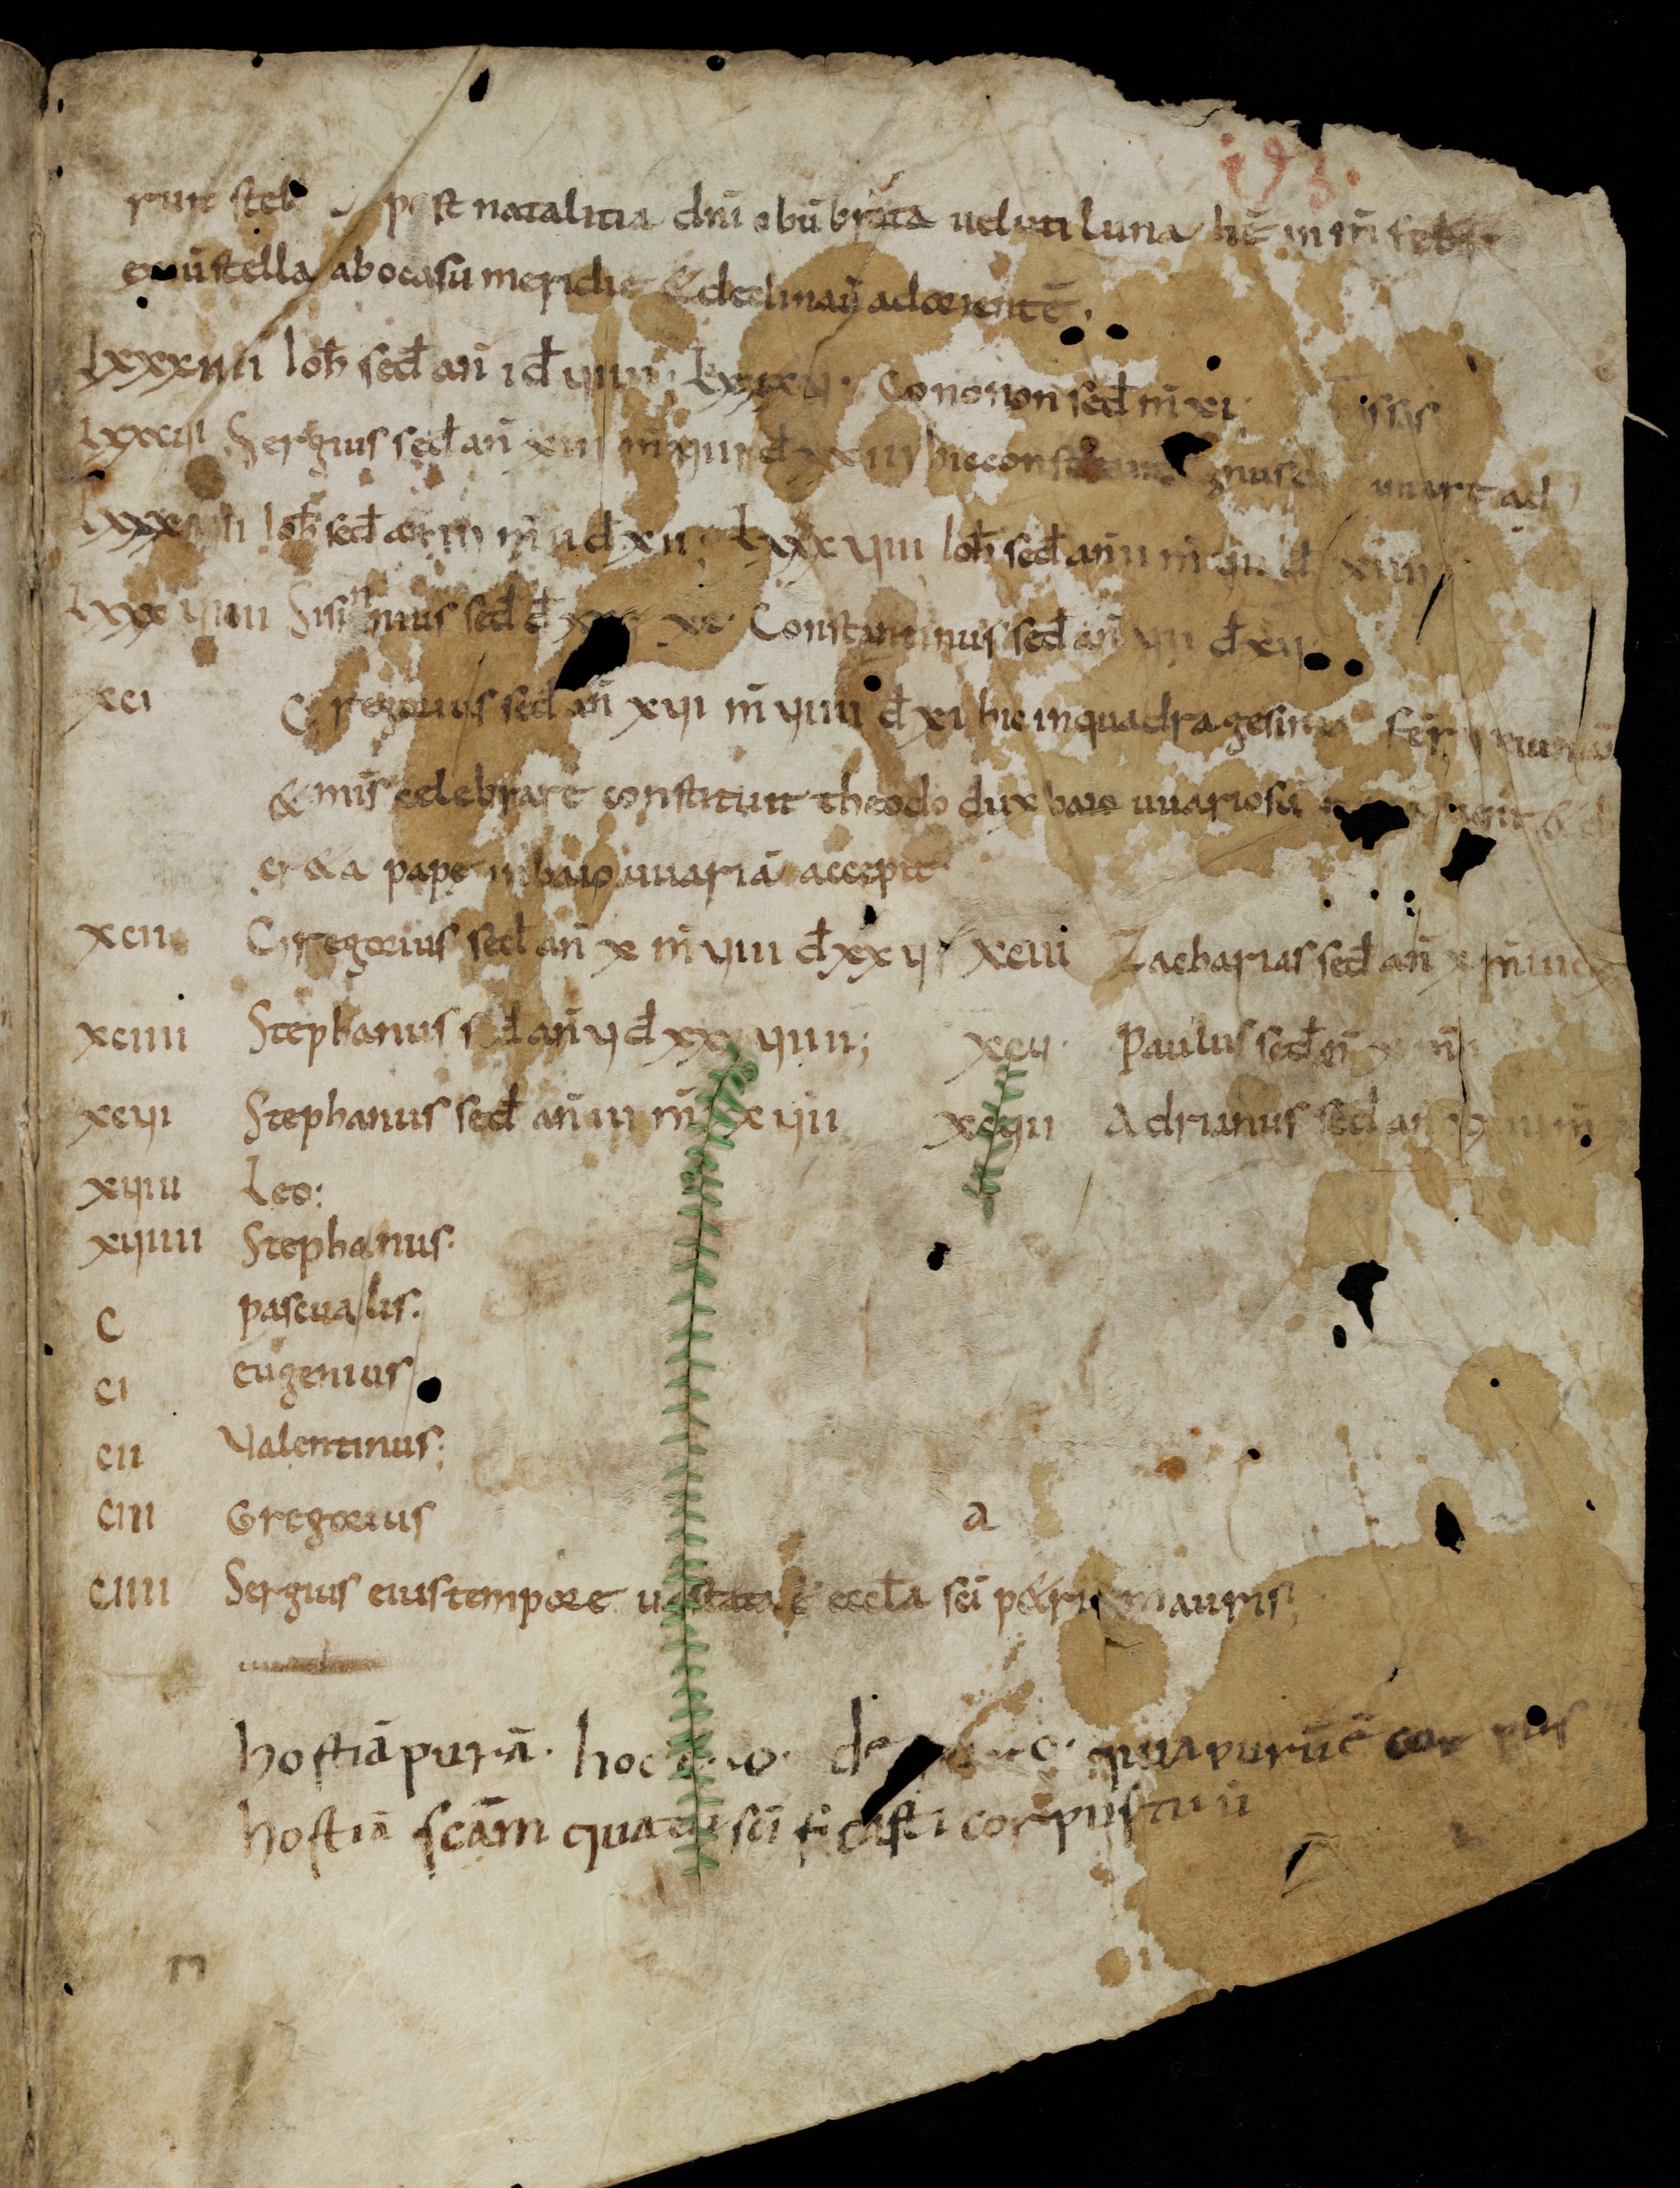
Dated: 800–899